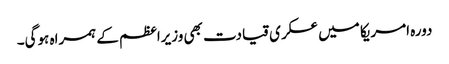
دورہ امریکا میں عسکری قیادت بھی وزیراعظم کے ہمراہ ہوگی۔